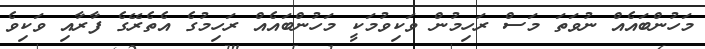
މަހުންބައެއް ނުވަތަ މަސް ރަހިމުން ވަކިވުމަކީ މަހުންބައެއް ރަހިމުގެ އެތެރޭގެ ފާރާއި ވަކިވެ